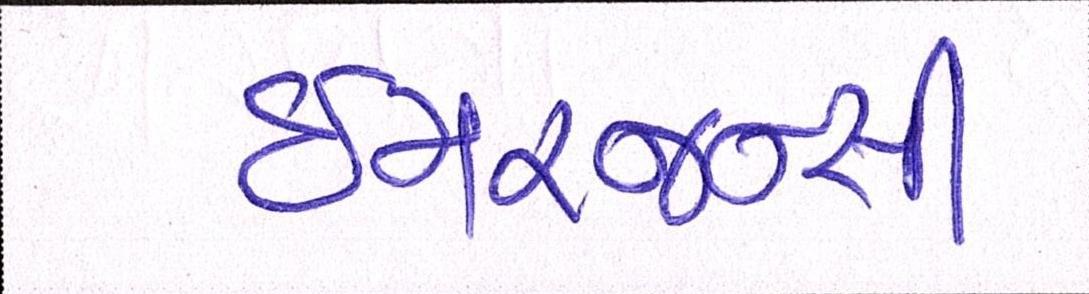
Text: ઇમરજન્સી